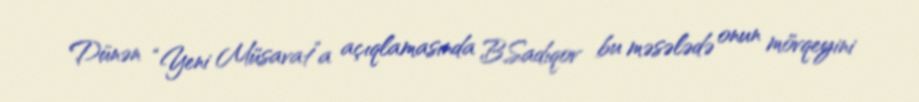
Dünən “Yeni Müsavat”a açıqlamasında B.Sadıqov bu məsələdə onun mövqeyini